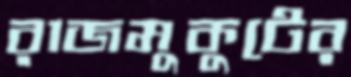
রাজমুকুটের